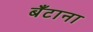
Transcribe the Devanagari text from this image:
बँटाना